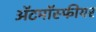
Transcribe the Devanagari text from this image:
ॲटमॉस्फीयर